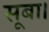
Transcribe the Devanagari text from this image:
सूबा।